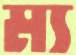
ম্য